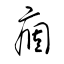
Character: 痼